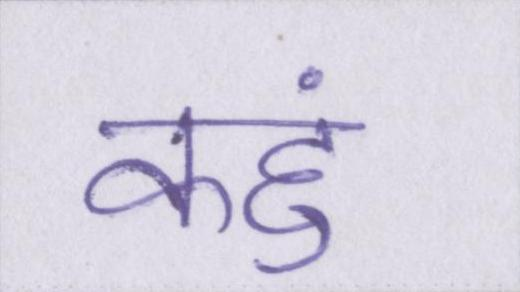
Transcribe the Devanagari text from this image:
कहुं